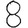
Digit: 8